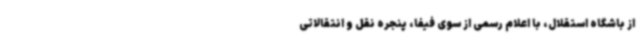
از باشگاه استقلال، با اعلام رسمی از سوی فیفا، پنجره نقل و انتقالاتی